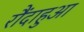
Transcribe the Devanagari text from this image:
रौंदाहुआ